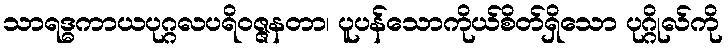
သာရဒ္ဓကာယပုဂ္ဂလပရိဝဇ္ဇနတာ၊ ပူပန်သောကိုယ်စိတ်ရှိသော ပုဂ္ဂိုလ်ကို